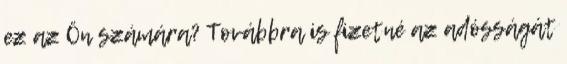
ez az Ön számára? Továbbra is fizetné az adósságát